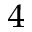
_ 4